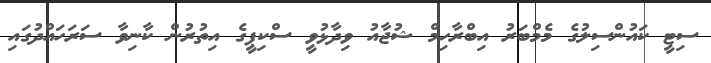
ސިޓީ ކައުންސިލުގެ މެމްބަރު އިބްރާހިމް ޝުޖާއު ވިދާޅުވީ ސްކިޕީގެ އިތުރުން ކާނިވާ ސަރަހައްދުގައި